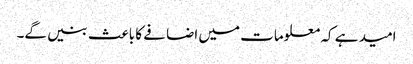
امید ہے کہ معلومات میں اضافے کا باعث بنیں گے۔